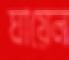
ঘায়েল